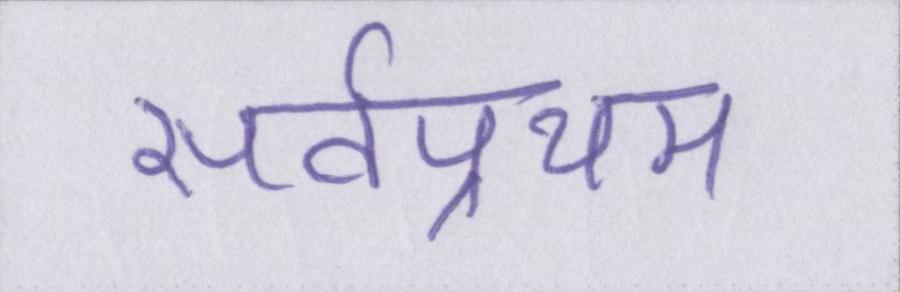
सर्वप्रथम